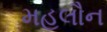
મહલૌન